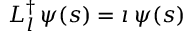
{ \cal L } _ { l } ^ { \dag } \, \psi ( s ) = \imath \, \psi ( s )